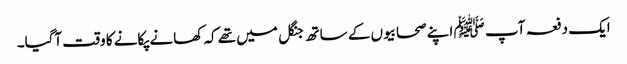
ایک دفعہ آپ ﷺ اپنے صحابیوں کے ساتھ جنگل میں تھے کہ کھانے پکانے کا وقت آگیا۔